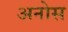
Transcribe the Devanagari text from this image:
अनोस